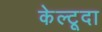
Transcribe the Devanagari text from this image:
केल्टूदा